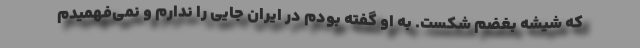
که شیشه بغضم شکست. به او گفته بودم در ایران جایی را ندارم و نمی‌فهمیدم